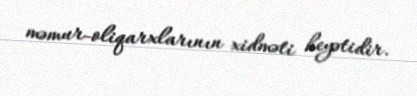
məmur-oliqarxlarının xidməti heyətidir.